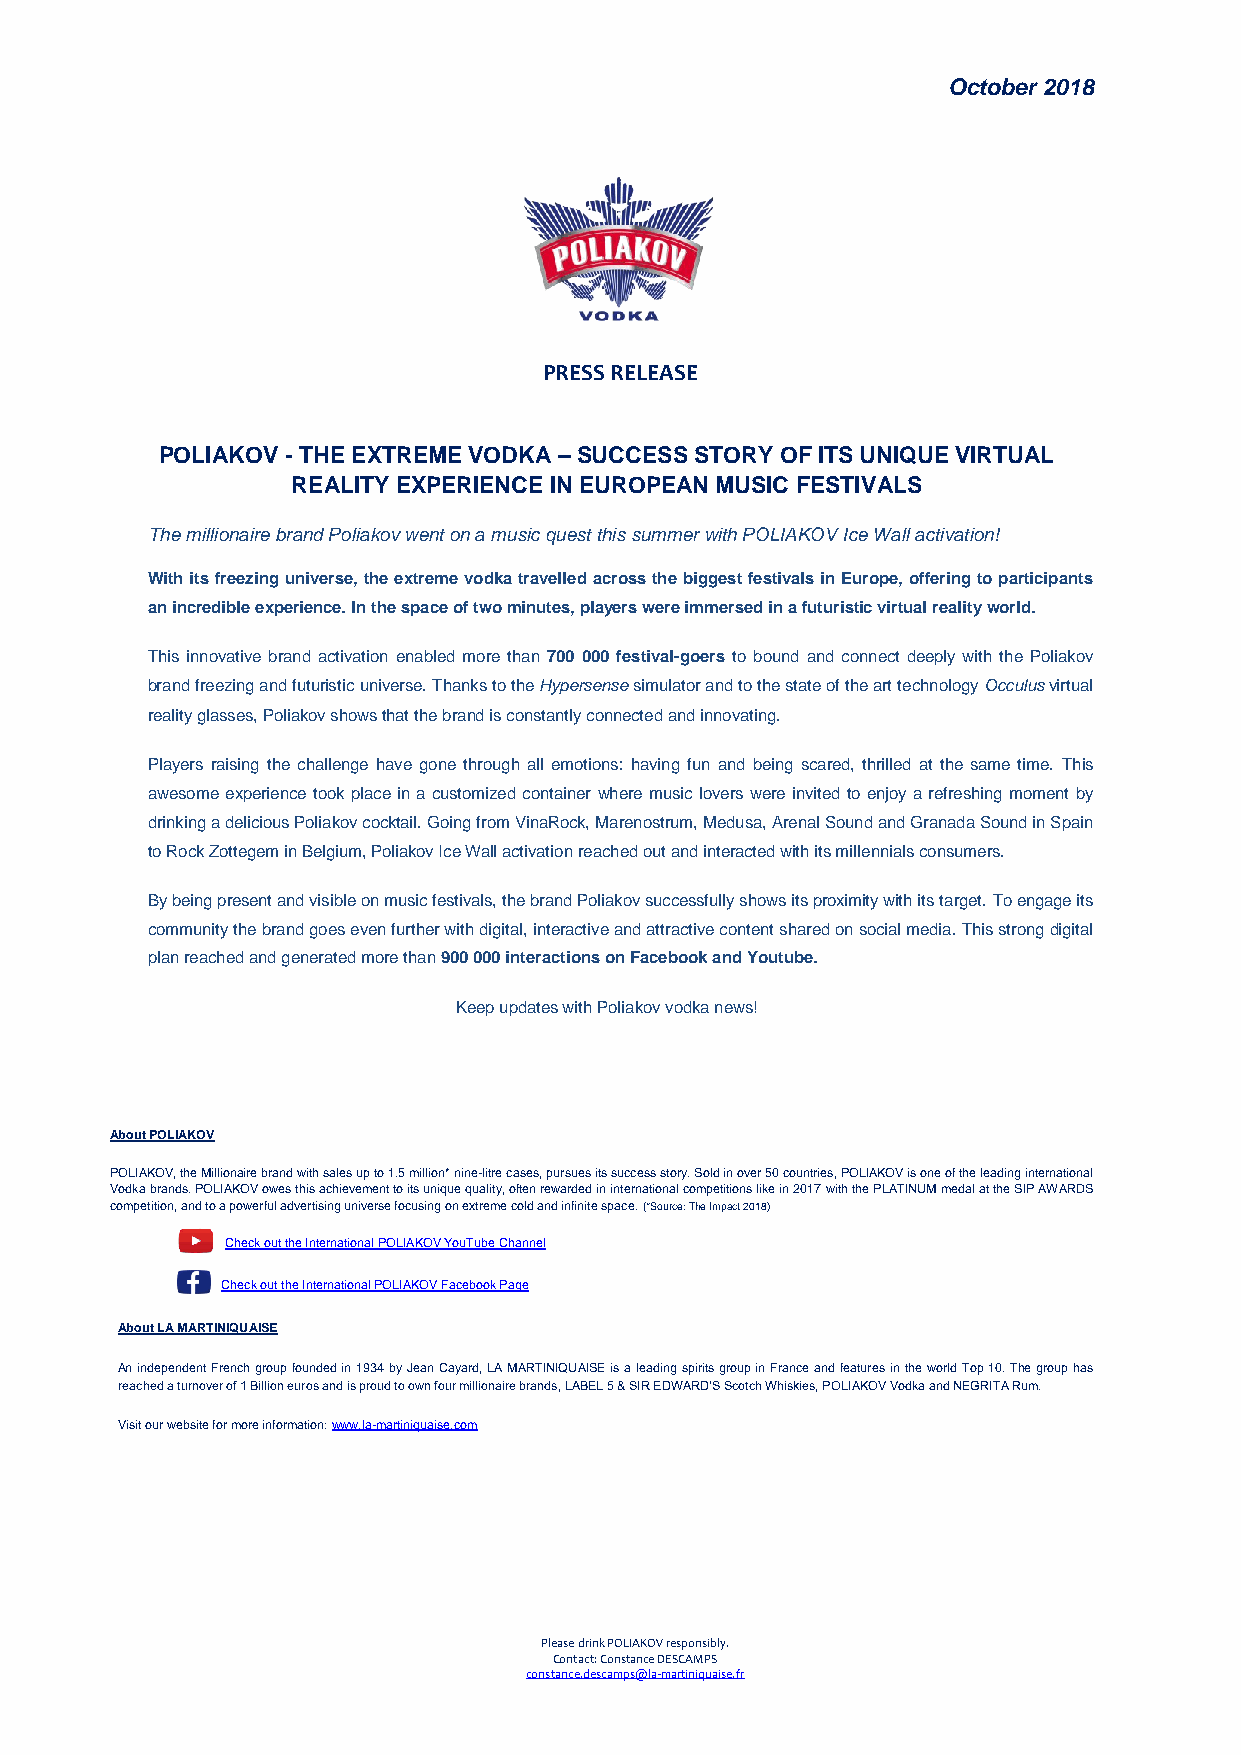
October 2018
 PRESS RELEASE
 POLIAKOV - THE EXTREME VODKA – SUCCESS STORY OF ITS UNIQUE VIRTUAL
 REALITY EXPERIENCE IN EUROPEAN MUSIC FESTIVALS
 The millionaire brand Poliakov went on a music quest this summer with POLIAKOV Ice Wall activation!
 With its freezing universe, the extreme vodka travelled across the biggest festivals in Europe, offering to participants
 an incredible experience. In the space of two minutes, players were immersed in a futuristic virtual reality world.
 This innovative brand activation enabled more than 700 000 festival-goers to bound and connect deeply with the Poliakov
 brand freezing and futuristic universe. Thanks to the Hypersense simulator and to the state of the art technology Occulus virtual
 reality glasses, Poliakov shows that the brand is constantly connected and innovating.
 Players raising the challenge have gone through all emotions: having fun and being scared, thrilled at the same time. This
 awesome experience took place in a customized container where music lovers were invited to enjoy a refreshing moment by
 drinking a delicious Poliakov cocktail. Going from VinaRock, Marenostrum, Medusa, Arenal Sound and Granada Sound in Spain
 to Rock Zottegem in Belgium, Poliakov Ice Wall activation reached out and interacted with its millennials consumers.
 By being present and visible on music festivals, the brand Poliakov successfully shows its proximity with its target. To engage its
 community the brand goes even further with digital, interactive and attractive content shared on social media. This strong digital
 plan reached and generated more than 900 000 interactions on Facebook and Youtube.
 Keep updates with Poliakov vodka news!
 About POLIAKOV
 POLIAKOV, the Millionaire brand with sales up to 1.5 million* nine-litre cases, pursues its success story. Sold in over 50 countries, POLIAKOV is one of the leading international
 Vodka brands. POLIAKOV owes this achievement to its unique quality, often rewarded in international competitions like in 2017 with the PLATINUM medal at the SIP AWARDS
 competition, and to a powerful advertising universe focusing on extreme cold and infinite space. (*Source: The Impact 2018)
 Check out the International POLIAKOV YouTube Channel
 Check out the International POLIAKOV Facebook Page
 About LA MARTINIQUAISE
 An independent French group founded in 1934 by Jean Cayard, LA MARTINIQUAISE is a leading spirits group in France and features in the world Top 10. The group has
 reached a turnover of 1 Billion euros and is proud to own four millionaire brands, LABEL 5 & SIR EDWARD’S Scotch Whiskies, POLIAKOV Vodka and NEGRITA Rum.
 Visit our website for more information: www.la-martiniquaise.com
 Please drink POLIAKOV responsibly.
 Contact: Constance DESCAMPS
 constance.descamps@la-martiniquaise.fr